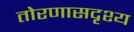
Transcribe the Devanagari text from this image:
तोरणासदृश्य